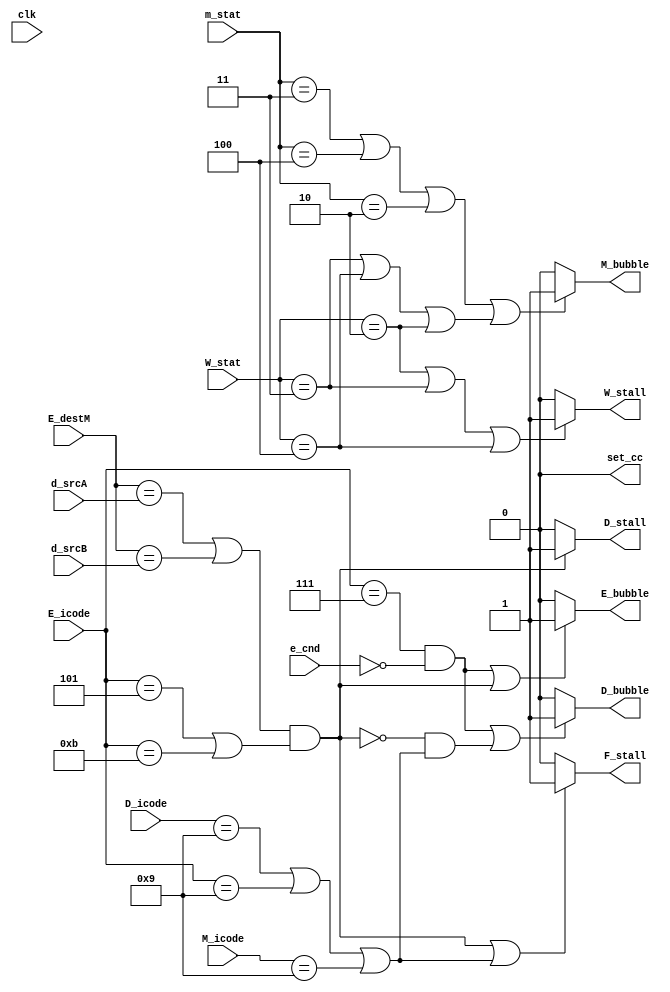
module controllogic(
    input clk,
    input e_cnd,
    input [3:0] m_stat, W_stat, d_srcA, d_srcB, E_destM,
    input [3:0]  D_icode, E_icode, M_icode,
    output reg set_cc, 
    output reg D_bubble, E_bubble, M_bubble, 
    output reg F_stall, D_stall, W_stall
);

reg out1, out2, out3, out4, out5, out6, out7, out8, out9, out10, out11, out12;
initial begin 
    set_cc = 0;
    F_stall = 0;
    D_stall = 0;
    W_stall = 0;
    D_bubble = 0;
    E_bubble = 0;
    M_bubble = 0;
end

always @(*)
begin
    out1 =  (E_destM == d_srcA || E_destM == d_srcB) && (E_icode == 4'd5 || E_icode == 4'd11);
    out2 = (D_icode == 4'd9 || E_icode == 4'd9 || M_icode == 4'd9);
  if (out1 || out2)
  begin
    F_stall=1;
  end
  
  else 
   begin
     F_stall=0;
   end
    //F_stall = (out1 || out2); writing like this is not working for some reason

    out3 = (E_destM == d_srcA || E_destM == d_srcB);
    out4 = (E_icode == 4'd5 || E_icode == 4'd11);

//    D_stall = (out3 && out4); 
    if(out3 && out4)
    begin
      D_stall = 1;
    end
    else
    begin
      D_stall = 0;
    end


    //W_stall = (W_stat == 4'd2 || W_stat == 4'd3 || W_stat == 4'd4);
     if(W_stat == 4'd2 || W_stat == 4'd3 || W_stat == 4'd4)
    begin
      W_stall = 1;
    end
    else
    begin
      W_stall = 0;
    end
    //Bubbles:

    out5 = (E_icode == 4'd7) && (!e_cnd);
    out6 = (E_icode == 4'd5 || E_icode == 4'd11) && (E_destM == d_srcA || E_destM == d_srcB);
    out7 = (D_icode == 4'd9 || E_icode == 4'd9 || M_icode == 4'd9);

    //D_bubble = ((out5) || ((!(out6)) && (out7)));
    if((out5) || ((!(out6)) && (out7)))
    begin
      D_bubble = 1;
    end
    else
    begin
      D_bubble = 0;
    end
    //Might be wrong, look at the IF Statements here.
    // !e_cnd is the same as e_cnd == 0

    out8 = (E_icode == 4'd7) && (!e_cnd);
    out9 = (E_icode == 4'd5 || E_icode == 4'd11);
    out10 = (E_destM == d_srcA || E_destM == d_srcB);

    //E_bubble = ((out8) || ((out9) && (out10)));

    if((out8) || ((out9) && (out10)))
    begin
      E_bubble = 1;
    end
    else
    begin
      E_bubble = 0;
    end

    out11 = (m_stat == 4'd3 || m_stat == 4'd4 || m_stat == 2'd2);
    out12 = (W_stat == 4'd3 || W_stat == 4'd4 || W_stat == 2'd2);

    //M_bubble = ((out11) || (out12));
    if((out11) || (out12))
    begin
      M_bubble = 1;
    end
    else
    begin
      M_bubble = 0;
    end
end
//E_dstM is E_destM
endmodule